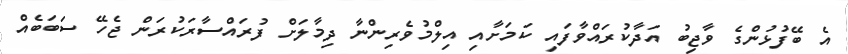
އެ ބޭފުޅުންގެ ވާޖިބު އަދާކުރައްވާފައި ކަމަށާއި އިލްމުވެރިންނާ ދިމާލަށް ފުރައްސާރަކުރަން ޖެހޭ ސަބަބެއް